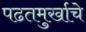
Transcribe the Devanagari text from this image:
पढतमुर्खाचे